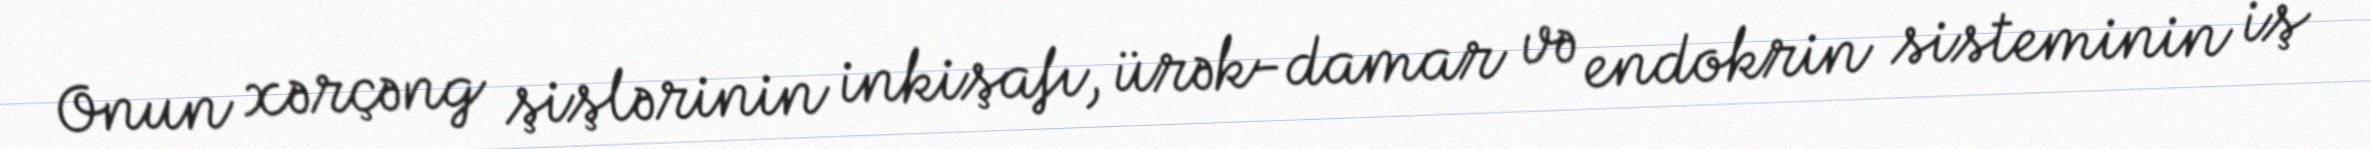
Onun xərçəng şişlərinin inkişafı, ürək-damar və endokrin sisteminin iş